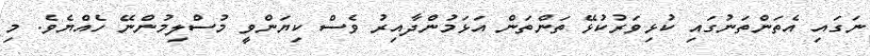
ނަގައި އެތަންތަނުގައި ކުޅިވަރުކުޅޭ ތަންތަން އަޅަމުންދާއިރު ވެސް ކިޔަންވީ މުސްލިމުންނޭ ހެއްޔެވެ. މި